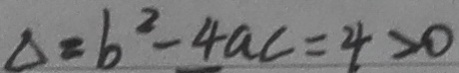
\Delta = b ^ { 2 } - 4 a c = 4 > 0